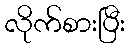
လိုက်စားပြီး